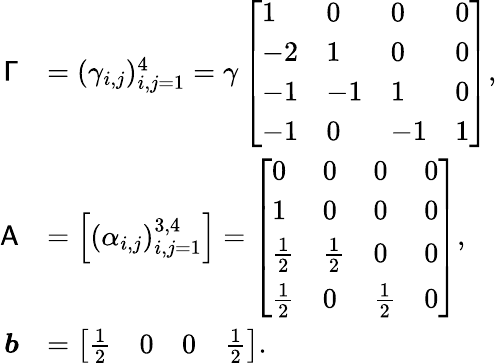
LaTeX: \begin{array}{rl}{\mathsf{\Gamma}}&{=(\gamma_{i,j})_{i,j=1}^{4}=\gamma\left[\begin{array}{llll}{1}&{0}&{0}&{0}\\ {-2}&{1}&{0}&{0}\\ {-1}&{-1}&{1}&{0}\\ {-1}&{0}&{-1}&{1}\end{array}\right],}\\ {\mathsf{A}}&{=\left[\begin{array}{l}{(\alpha_{i,j})_{i,j=1}^{3,4}}\end{array}\right]=\left[\begin{array}{llll}{0}&{0}&{0}&{0}\\ {1}&{0}&{0}&{0}\\ {\frac{1}{2}}&{\frac{1}{2}}&{0}&{0}\\ {\frac{1}{2}}&{0}&{\frac{1}{2}}&{0}\end{array}\right],}\\ {\boldsymbol{b}}&{=\left[\begin{array}{llll}{\frac{1}{2}}&{0}&{0}&{\frac{1}{2}}\end{array}\right].}\end{array}